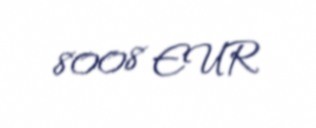
8008 EUR